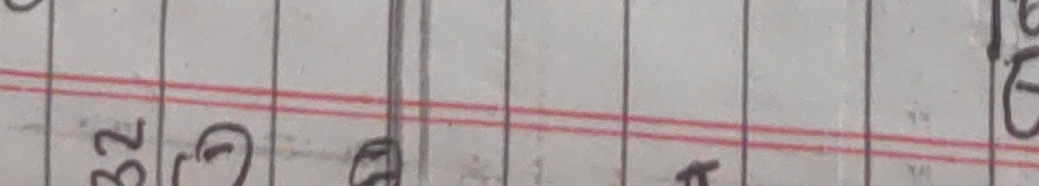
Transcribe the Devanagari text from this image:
३२ (१) बटधपयठ